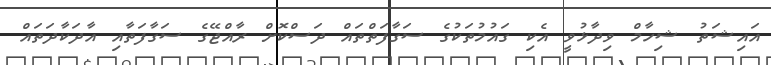
އައިޝަތު ޝިހާމް ވިދާޅުވީ އެކި ގައުމުތަކުގެ ސަގާފަތްތައް ދަސްކޮށް ރާއްޖޭގެ ސަގާފަތާއި އާދަކާދަތައް